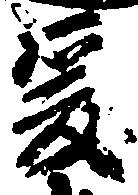
爰